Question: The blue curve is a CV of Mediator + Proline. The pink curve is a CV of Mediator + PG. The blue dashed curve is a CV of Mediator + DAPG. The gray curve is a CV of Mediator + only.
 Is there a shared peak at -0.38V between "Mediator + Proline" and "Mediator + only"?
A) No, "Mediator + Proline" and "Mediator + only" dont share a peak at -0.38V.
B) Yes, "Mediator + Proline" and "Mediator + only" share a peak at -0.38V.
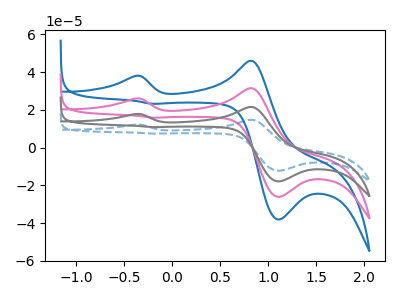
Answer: <think>The blue curve "Mediator + Proline" has anodic peaks at (-0.40V, 38.00uA) (0.85V, 46.05uA) and cathodic peaks at (1.10V, -38.05uA) (-0.20V, 23.25uA). The pink curve "Mediator + PG" has anodic peaks at (-0.40V, 26.05uA) (0.85V, 31.50uA) and cathodic peaks at (1.10V, -26.05uA) (-0.20V, 15.90uA). The blue dashed curve "Mediator + DAPG" has anodic peaks at (-0.40V, 78.10uA) (0.85V, 94.55uA) and cathodic peaks at (1.10V, -78.15uA) (-0.20V, 47.75uA). The gray curve "Mediator + only" has anodic peaks at (-0.40V, 52.05uA) (0.85V, 63.05uA) and cathodic peaks at (1.10V, -52.10uA) (-0.20V, 31.85uA).</think>
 <answer>B) Yes, "Mediator + Proline" and "Mediator + only" share a peak at -0.38V.</answer>
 <eval>B</eval>